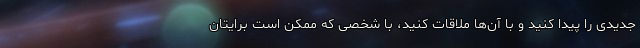
جدیدی را پیدا کنید و با آن‌ها ملاقات کنید، با شخصی که ممکن است برایتان